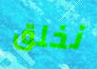
نخلق